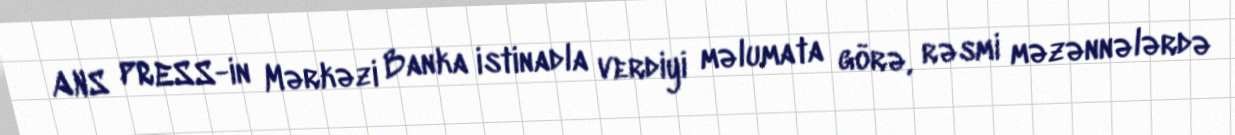
ANS PRESS-in Mərkəzi Banka istinadla verdiyi məlumata görə, rəsmi məzənnələrdə